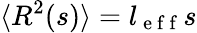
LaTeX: \langle R^{2}(s)\rangle=l_{\mathrm{~e~f~f~}}s